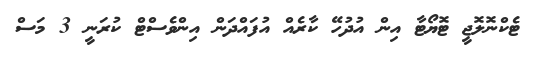
ޓެކްނޮލޮޖީ ޓޮޔޯޓާ އިން އުދުހޭ ކާރެއް އުފައްދަން އިންވެސްޓް ކުރަނީ 3 މަސް